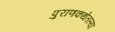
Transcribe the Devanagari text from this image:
पुराणकथेतल्या